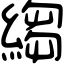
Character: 縐